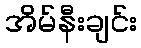
အိမ်နီးချင်း